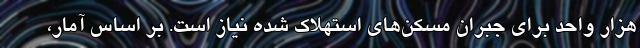
هزار واحد برای جبران مسکن‌های استهلاک شده نیاز است. بر اساس آمار،